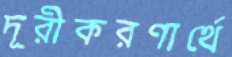
দূরীকরণার্থে